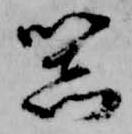
器